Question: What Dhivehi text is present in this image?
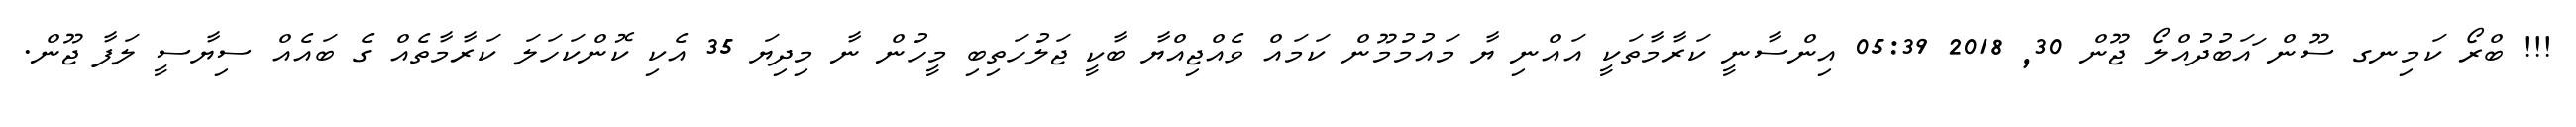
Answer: !!! ބްރޯ ކަމިނގ ސޫން ައަބުދުއްލޯ ޖޫން 30, 2018 05:39 އިންސާނީ ކަރާމާތަކީ އައްނި ޔާ މައުމުމޫން ކަމައް ވެއްޖިއްޔާ ބާކީ ޖަލުހަތިބި މީހުން ނާ މިދިޔަ 35 އެކި ކޮންކަހަލަ ކަރާމާތެއް ގެ ބައެއް ސިޔާސީ ލަފާ ޖޫން.